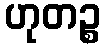
ဟုတဉ္စ